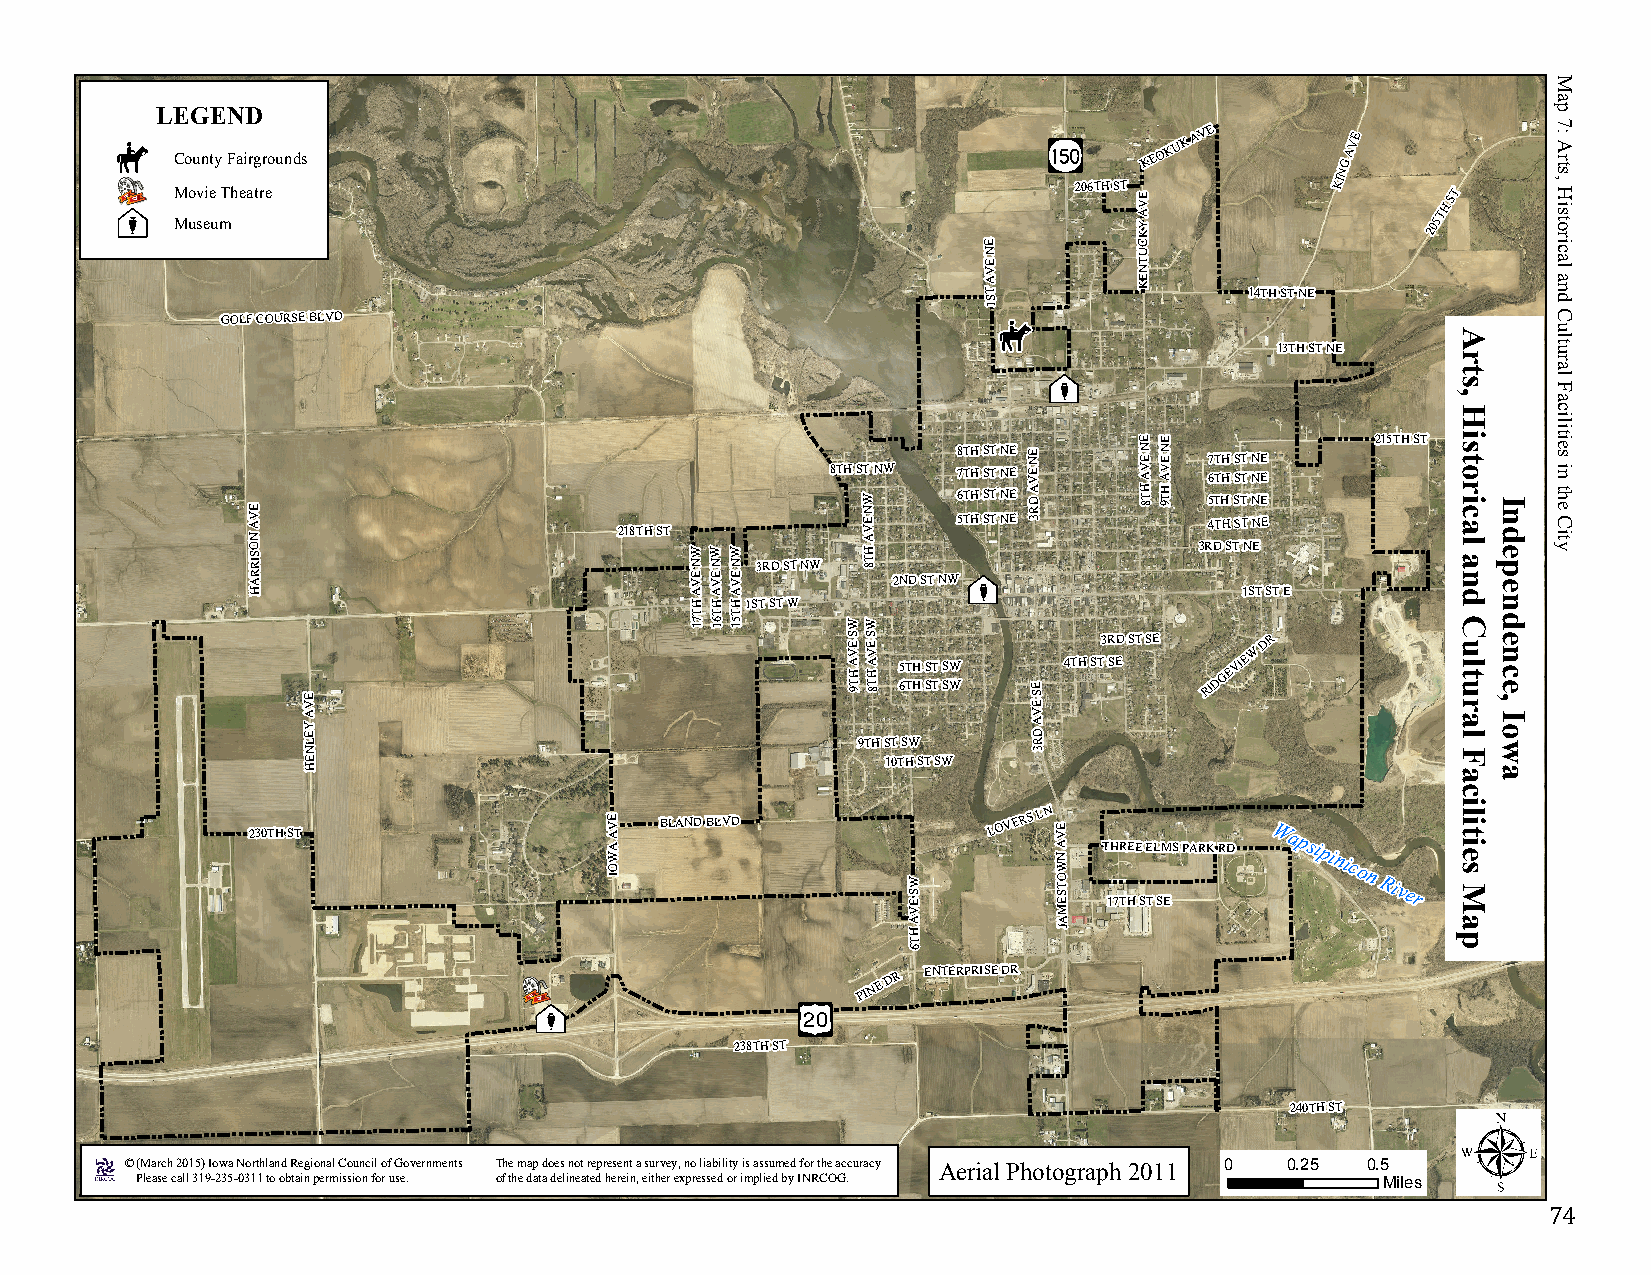
LEGEND
 County Fairgrounds
 KEOKUK
 AVE
 G
 AVE
 N
 Movie Theatre                                              206TH ST E
 V A
 KI
 TH
 ST
 Museum                                                         Y
 K
 205
 E         C
 N         U
 E V A
 T S
 T N E K
 14TH ST NE
 1
 GOLF COURSE BLVD
 13TH ST NE
 E V A N O S IR R A      218TH ST W N E V W N E V W N E V 3RD ST NW
 8TH ST
 W N E V A H T 8
 NW
 2ND ST
 NW8 567T TTTH HHH S SSST TTT N NNNE EEE E N E V A
 D R 3
 E N E V A H
 T 8
 E N E V A H
 T 9
 3R57 6
 4
 DTT T THH H
 H S
 TSS S
 S
 TT T
 T N
 NN N
 N
 EEE E
 E
 215TH ST R D
 L E L B U O D
 H                            A A A                               1ST ST E
 H H H1ST ST W
 T T T
 71 61 51  WW
 S E VS E
 V
 3RD ST SE
 W
 DR
 E
 V
 A H
 T
 9A H
 T 8
 65 TT HH SS TT SS WW
 E S
 E
 4TH ST SE RIDGEVIE
 A                                               V Y
 E
 A
 D
 L N                                  9TH ST SW  R 3
 E H                                    10TH ST SW
 230TH ST
 E V
 A
 A W
 O
 I
 BLAND BLVD
 W S
 E V
 LOVERS
 LN
 E
 V
 A N
 W
 O T S
 E M
 T 1H 7R TE HE
 S
 E TL SM ES PARK RD
 Wapsipinicon
 River
 A         A
 H         J
 T
 6
 PINE
 DR ENTERPRISE DR
 238TH ST
 240TH ST
 © (March 2015) Iowa Northland Regional Council of Governments The map does not represent a survey, no liability is assumed for the accuracy Aerial Photograph 2011 0 0.25 0.5
 Please call 319-235-0311 to obtain permission for use. of the data delineated herein, either expressed or implied by INRCOG. Miles
 74
 Arts,
 Historical
 and
 Cultural
 Facilities
 Map
 Independence,
 Iowa
 Map
 7:
 Arts,
 Historical
 and
 Cultural
 Facilities
 in the
 City